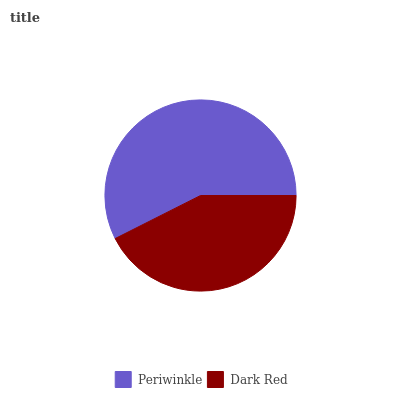
| Periwinkle | Dark Red |
 | --- | --- |
 | 57.5% | 42.5% |